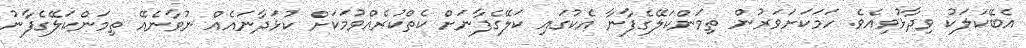
އެބޭކަލަކު ވިދާޅުވިއެވެ. ހަމަކަށަވަރުން ތިމަންކަލޭގެފާނާ އެކުގައި ކަލޭގެފާނަށް ކެތްކުރެއްވުމަކަށް ކުޅަދާނައެއް ނުވާނެއޭ ތިމަންކަލޭގެފާނު